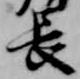
長